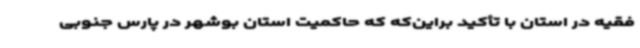
فقیه در استان با تأکید براین‌که که حاکمیت استان بوشهر در پارس جنوبی